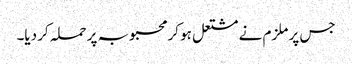
جس پر ملزم نے مشتعل ہو کر محبوبہ پر حملہ کر دیا۔